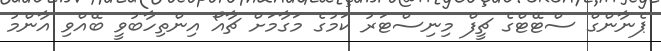
ޕެނާންގް ސްޓޭޓްގެ ޗީފް މިނިސްޓަރު ކަމުގެ މަގާމަށް ޗާއޯ އިންތިހާބުވީ ބޭއްވި އާންމު